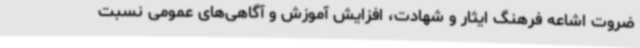
ضروت اشاعه فرهنگ ایثار و شهادت، افزایش آموزش و آگاهی‌های عمومی نسبت